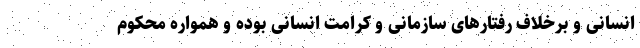
انسانی و برخلاف رفتارهای سازمانی و کرامت انسانی بوده و همواره محکوم